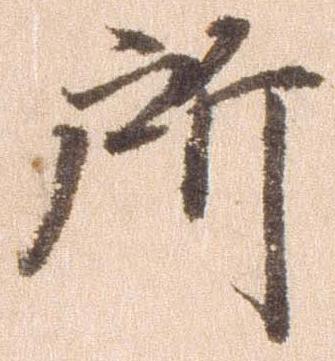
所